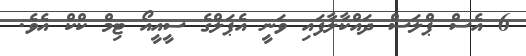
6 އެސް ޕްލަސް ދައްކާލާފައި ވަނީ އެޕަލްގެ ސީއީއޯ ޓިމް ކްކް އެވެ.